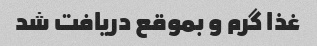
غذا گرم و بموقع دریافت شد